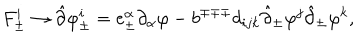
LaTeX: F _ { \pm } ^ { i } \rightarrow \hat { \partial } \varphi _ { \pm } ^ { i } = e _ { \pm } ^ { \alpha } \partial _ { \alpha } \varphi - b ^ { \mp \mp \mp } d _ { i j k } \hat { \partial } _ { \pm } \varphi ^ { j } \hat { \partial } _ { \pm } \varphi ^ { k } ,